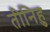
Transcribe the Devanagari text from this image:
तीनिहु